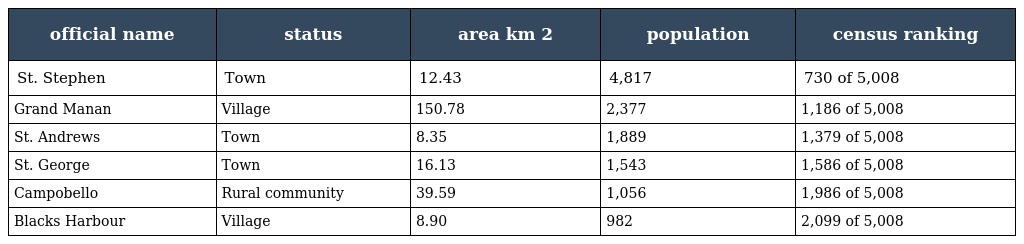
| official name | status | area km 2 | population | census ranking |
 | --- | --- | --- | --- | --- |
 | St. Stephen | Town | 12.43 | 4,817 | 730 of 5,008 |
 | Grand Manan | Village | 150.78 | 2,377 | 1,186 of 5,008 |
 | St. Andrews | Town | 8.35 | 1,889 | 1,379 of 5,008 |
 | St. George | Town | 16.13 | 1,543 | 1,586 of 5,008 |
 | Campobello | Rural community | 39.59 | 1,056 | 1,986 of 5,008 |
 | Blacks Harbour | Village | 8.90 | 982 | 2,099 of 5,008 |